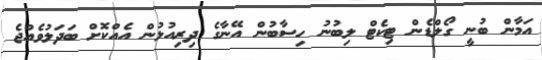
އަމާން ބުނީ ގޯލްޑެން ޓިކެޓް ލިބުނު ހިސާބުން އޭނާގެ ދިރިއުޅުން އެއްކޮށް ބަދަލުވެއްޖެ